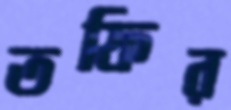
তফির